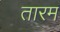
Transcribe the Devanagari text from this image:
तारम